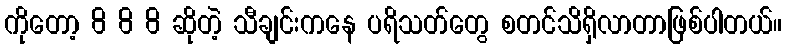
ကိုတော့ 8 8 8 ဆိုတဲ့ သီချင်းကနေ ပရိသတ်တွေ စတင်သိရှိလာတာဖြစ်ပါတယ်။